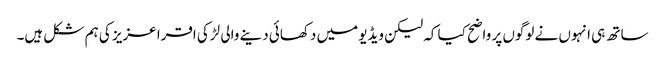
ساتھ ہی انہوں نے لوگوں پر واضح کیا کہ لیکن ویڈیو میں دکھائی دینے والی لڑکی اقرا عزیز کی ہم شکل ہیں۔